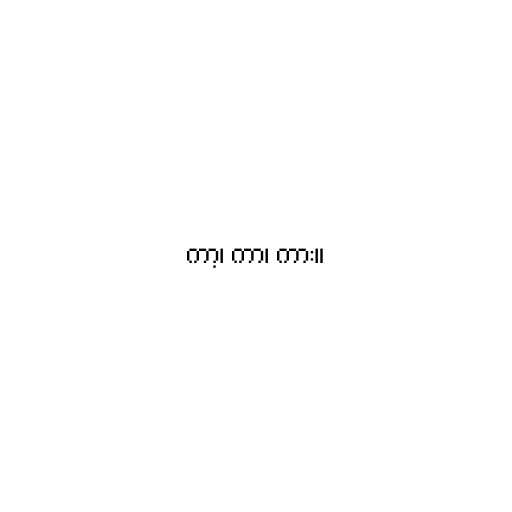
ကာ့၊ ကာ၊ ကား။